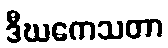
ဒီဃကေသတာ